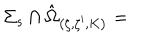
{ \Sigma _ { s } } \cap \hat { \Omega } _ { \left( \zeta , \zeta ^ { \prime } , K \right) } =